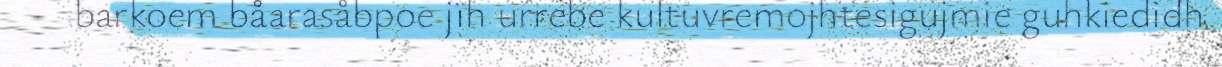
barkoem båarasåbpoe jïh urrebe kultuvremojhtesigujmie guhkiedidh